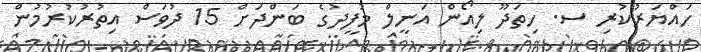
ހައްޔަރުކުރި ސ. ހިތަދޫ ލިއޯން އަނީލް މުފީދުގެ ބަންދަށް 15 ދުވަސް އިތުރުކުރުމުން